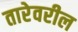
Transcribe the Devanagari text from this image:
तारेवरील